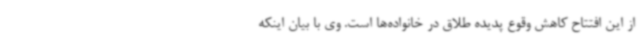
از این افتتاح کاهش وقوع پدیده طلاق در خانواده‌ها است. وی با بیان اینکه